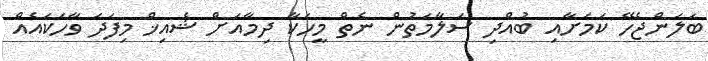
ބަލަންޖެހޭ ކަމަށާއި ބުއްދި ސަލާމަތުން ނެތް މީހަކާ ދިމާއަށް ޝެއިޚް މިފަދަ ވާހަކައެއް